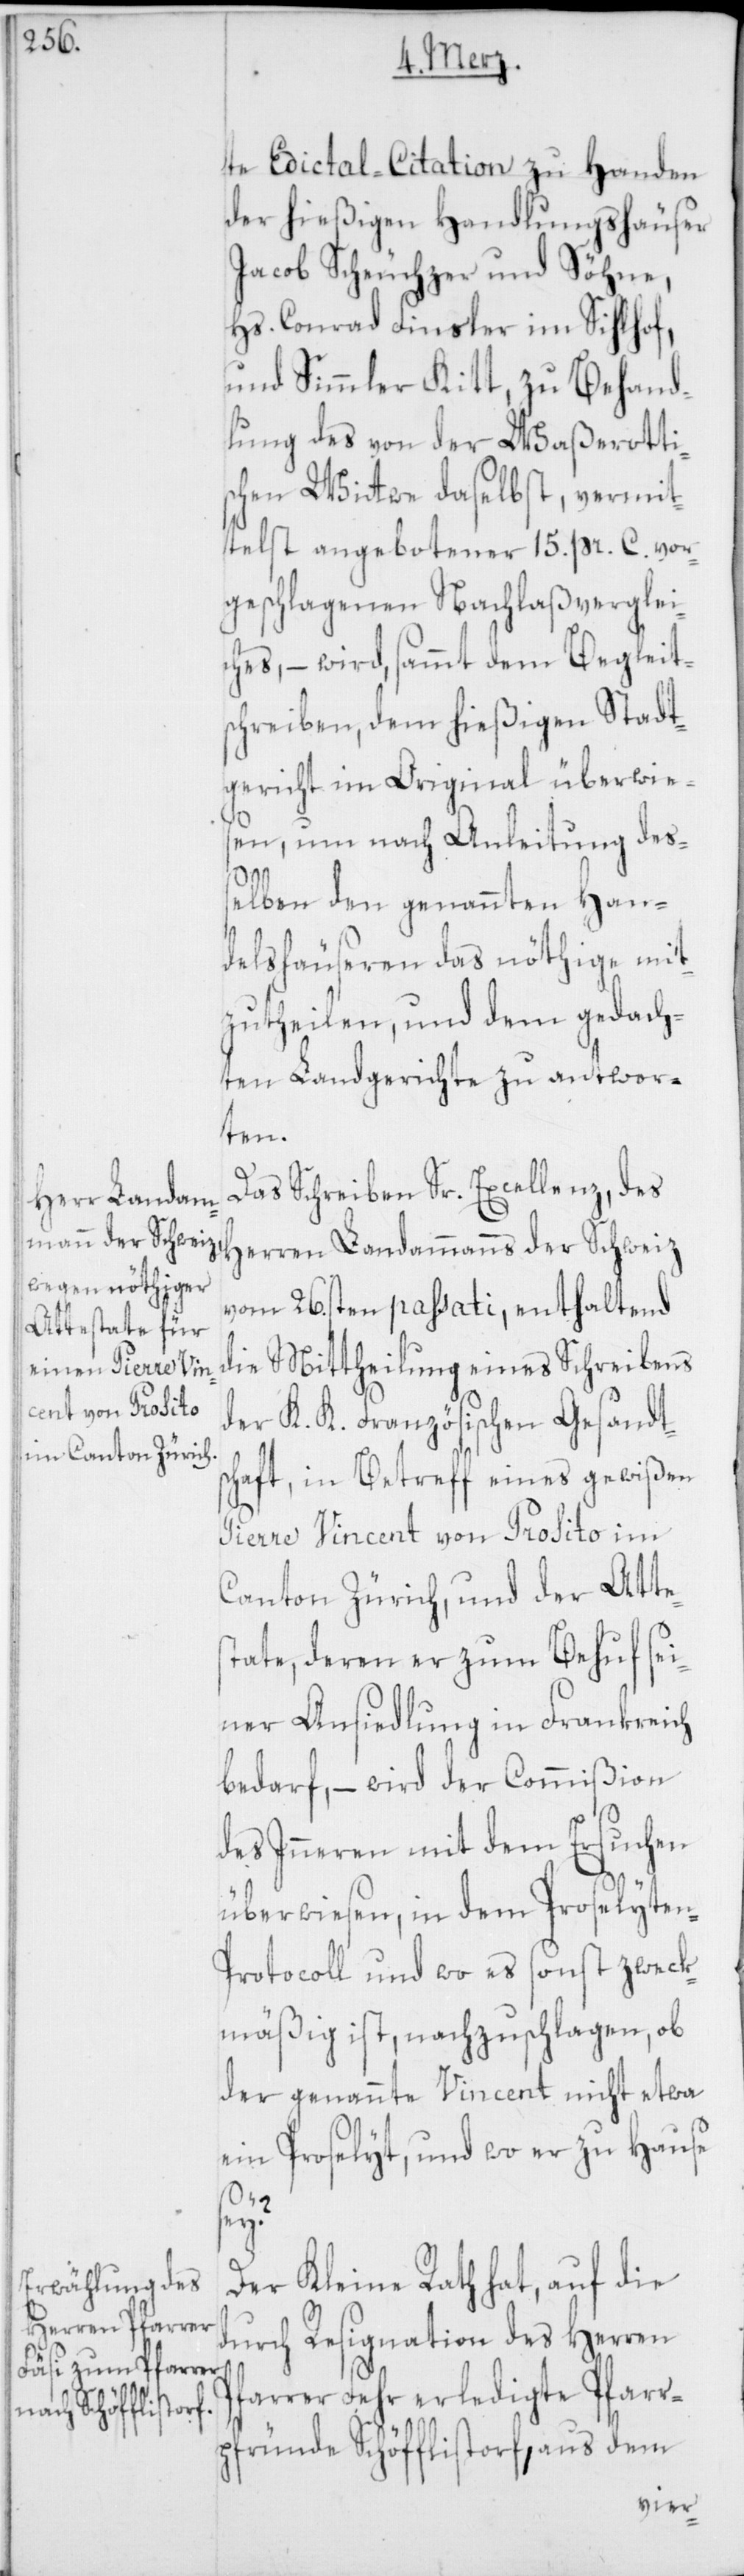
te Edictal-Citation zu Handen
der hießigen Handlungshäuser
Jacob Scheuchzer und Söhne,
Hs. Conrad Finsler im Sihlhof,
und Simmler Kitt, zu Behand¬
lung des von der Waßerotti¬
schen Witwe daselbst, vermit¬
telst angebotener 15. pr. C. vor¬
geschlagenen Nachlaßverglei¬
ches, – wird, sammt dem Begleit¬
schreiben, dem hießigen Stadt¬
gericht im Original überwies¬
en, um nach Anleitung deß¬
elben den genannten Han¬
delshäuseren das nöthige mit¬
zutheilen, und dem gedach¬
ten Landgerichte zu antwor¬
ten.
Das Schreiben Sr. Excellenz, des
Herren Landammanns der Schweiz
vom 26sten passati, enthaltend
die Mittheilung eines Schreibens
der K. K. Französischen Gesandts¬
chaft, in Betreff eines gewißen
Pierre Vincent von Prosito im
Canton Zürich, und der Atte¬
state, deren er zum Behuf sei¬
ner Ansiedlung in Frankreich
bedarf, – wird der Commißion
des Inneren mit dem Ersuchen
überwiesen, in dem Proselyte¬
rotocoll und wo es sonst zweck¬
mäßig ist, nachzuschlagen, ob
der genannte Vincent nicht etwa
ein Proselyt, und wo er zu Hause
sey?
Der Kleine Rath hat, auf die
durch Resignation des Herren
Pfarrer Fehr erledigte Pfarr¬
pfründe Schöfflistorf, aus dem